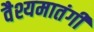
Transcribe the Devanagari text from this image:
वैश्यमातंगी